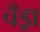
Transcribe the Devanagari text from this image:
चँड्रा